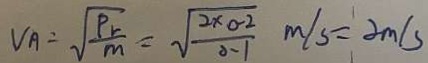
V _ { A } = \sqrt { \frac { P _ { r } } { m } } = \sqrt { \frac { 2 \times 0 . 2 } { 0 . 1 } } m / s = 2 m / s